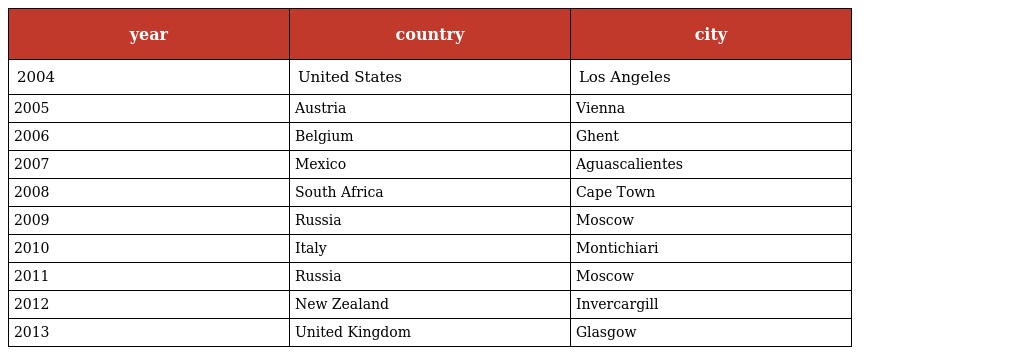
| year | country | city |
 | --- | --- | --- |
 | 2004 | United States | Los Angeles |
 | 2005 | Austria | Vienna |
 | 2006 | Belgium | Ghent |
 | 2007 | Mexico | Aguascalientes |
 | 2008 | South Africa | Cape Town |
 | 2009 | Russia | Moscow |
 | 2010 | Italy | Montichiari |
 | 2011 | Russia | Moscow |
 | 2012 | New Zealand | Invercargill |
 | 2013 | United Kingdom | Glasgow |